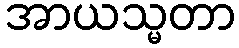
အာယသ္မတာ